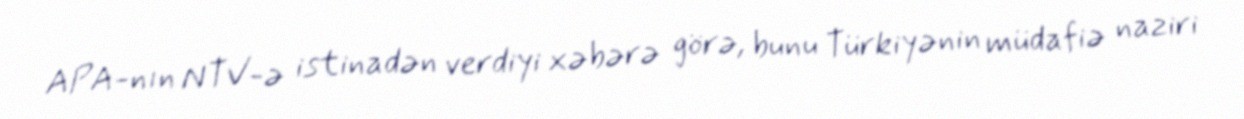
APA-nın NTV-ə istinadən verdiyi xəbərə görə, bunu Türkiyənin müdafiə naziri